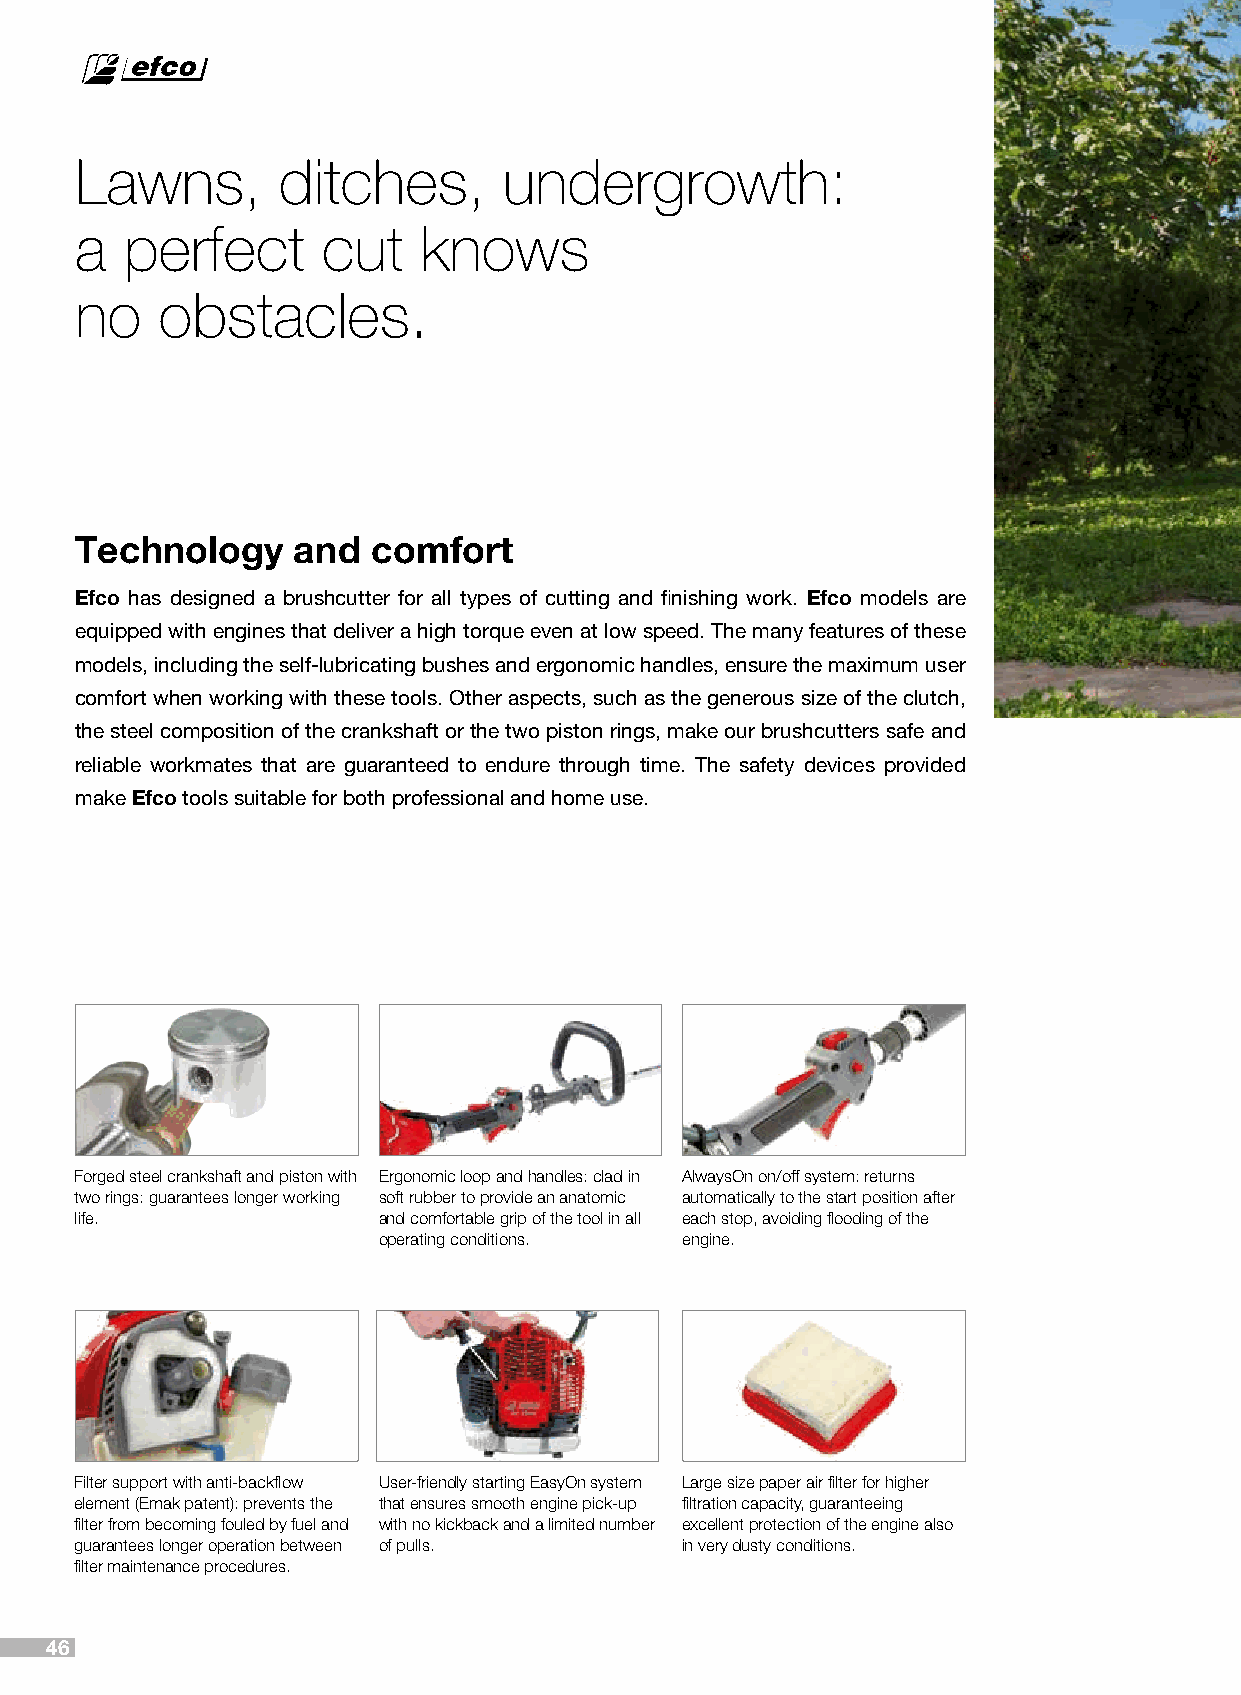
Lawns,       ditches,       undergrowth:
 a  perfect      cut    knows
 no   obstacles.
 Technology    and   comfort
 Efco has designed a brushcutter for all types of cutting and finishing work. Efco models are
 equipped with engines that deliver a high torque even at low speed. The many features of these
 models, including the self-lubricating bushes and ergonomic handles, ensure the maximum user
 comfort when working with these tools. Other aspects, such as the generous size of the clutch,
 the steel composition of the crankshaft or the two piston rings, make our brushcutters safe and
 reliable workmates that are guaranteed to endure through time. The safety devices provided
 make Efco tools suitable for both professional and home use.
 Forged steel crankshaft and piston with Ergonomic loop and handles: clad in AlwaysOn on/off system: returns
 two rings: guarantees longer working soft rubber to provide an anatomic automatically to the start position after
 life.               and comfortable grip of the tool in all each stop, avoiding flooding of the
 operating conditions. engine.
 Filter support with anti-backflow User-friendly starting EasyOn system Large size paper air filter for higher
 element (Emak patent): prevents the that ensures smooth engine pick-up filtration capacity, guaranteeing
 filter from becoming fouled by fuel and with no kickback and a limited number excellent protection of the engine also
 guarantees longer operation between of pulls. in very dusty conditions.
 filter maintenance procedures.
 46